Civil Veterinary Department. Madras. Admin. report 1926-33 - 1926-1933
Year: 1926
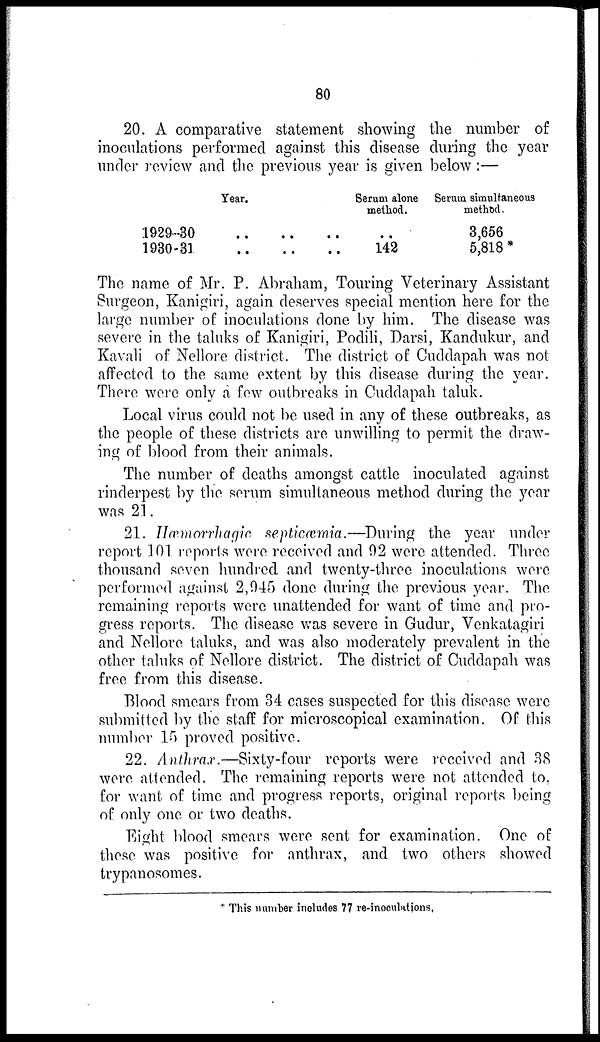
80
20. A comparative statement showing the number of
inoculations performed against this disease during the year
under review and the previous year is given below:—
Year.
1929-30
1930-31
..
..
..
..
..
..
Serum alone
method.
..
142
Serum simultaneous
method.
3,656
5,818 *
The name of Mr. P. Abraham, Touring Veterinary Assistant
Surgeon, Kanigiri, again deserves special mention here for the
large number of inoculations done by him. The disease was
severe in the taluks of Kanigiri, Podili, Darsi, Kandukur, and
Kavali of Nellore district. The district of Cuddapah was not
affected to the same extent by this disease during the year.
There were only a few outbreaks in Cuddapah taluk.
Local virus could not be used in any of these outbreaks, as
the people of these districts are unwilling to permit the draw-
ing of blood from their animals.
The number of deaths amongst cattle inoculated against
rinderpest by the serum simultaneous method during the year
was 21.
21. Hæmorrhagic septicæmia.—During the year under
report 101 reports were received and 92 were attended. Three
thousand seven hundred and twenty-three inoculations were
performed against 2,945 done during the previous year. The
remaining reports were unattended for want of time and pro-
gress reports. The disease was severe in Gudur, Venkatagiri
and Nellore taluks, and was also moderately prevalent in the
other taluks of Nellore district. The district of Cuddapah was
free from this disease.
Blood smears from 34 cases suspected for this disease were
submitted by the staff for microscopical examination. Of this
number 15 proved positive.
22. Anthrax.—Sixty-four
reports were received and 38
were attended. The remaining reports were not attended to,
for want of time and progress reports, original reports being
of only one or two deaths.
Eight blood smears were sent for examination. One of
these was positive for anthrax, and two others showed
trypanosomes.
* This number includes 77 re-inoculations,